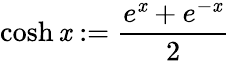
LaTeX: \cosh\mathit{x}:={\frac{{e^{\mathit{x}}+e^{-\mathit{x}}}}{{2}}}